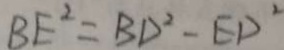
B E ^ { 2 } = B D ^ { 2 } - E D ^ { 2 }